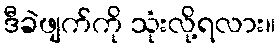
ဒီခဲဖျက်ကို သုံးလို့ရလား။